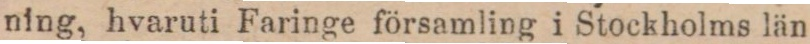
ning, hvaruti Faringe församling i Stockholms län